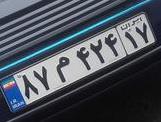
۸۷م۴۲۴۱۷